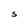
Character: S